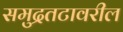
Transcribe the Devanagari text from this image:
समुद्रतटावरील